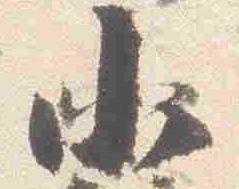
小